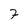
Character: 7